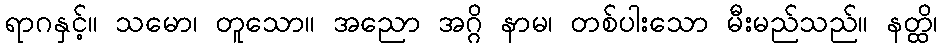
ရာဂနှင့်။ သမော၊ တူသော။ အညော အဂ္ဂိ နာမ၊ တစ်ပါးသော မီးမည်သည်။ နတ္ထိ၊